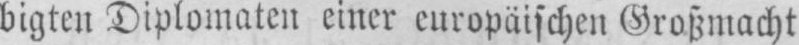
bigten Diplomaten einer europäischen Großmacht